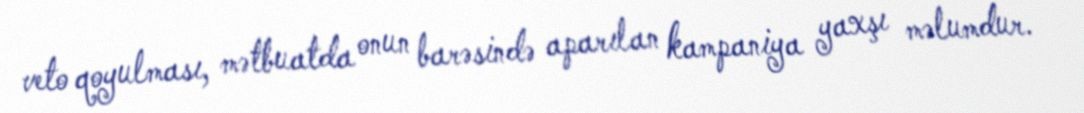
veto qoyulması, mətbuatda onun barəsində aparılan kampaniya yaxşı məlumdur.